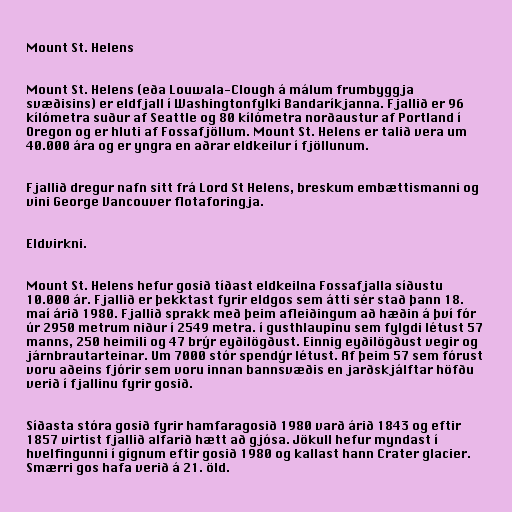
Mount St. Helens

Mount St. Helens (eða Louwala-Clough á málum frumbyggja
svæðisins) er eldfjall í Washingtonfylki Bandaríkjanna. Fjallið er 96
kílómetra suður af Seattle og 80 kílómetra norðaustur af Portland í
Oregon og er hluti af Fossafjöllum. Mount St. Helens er talið vera um
40.000 ára og er yngra en aðrar eldkeilur í fjöllunum.

Fjallið dregur nafn sitt frá Lord St Helens, breskum embættismanni og
vini George Vancouver flotaforingja.

Eldvirkni.

Mount St. Helens hefur gosið tíðast eldkeilna Fossafjalla síðustu
10.000 ár. Fjallið er þekktast fyrir eldgos sem átti sér stað þann 18.
maí árið 1980. Fjallið sprakk með þeim afleiðingum að hæðin á því fór
úr 2950 metrum niður í 2549 metra. í gusthlaupinu sem fylgdi létust 57
manns, 250 heimili og 47 brýr eyðilögðust. Einnig eyðilögðust vegir og
járnbrautarteinar. Um 7000 stór spendýr létust. Af þeim 57 sem fórust
voru aðeins fjórir sem voru innan bannsvæðis en jarðskjálftar höfðu
verið í fjallinu fyrir gosið.

Síðasta stóra gosið fyrir hamfaragosið 1980 varð árið 1843 og eftir
1857 virtist fjallið alfarið hætt að gjósa. Jökull hefur myndast í
hvelfingunni í gígnum eftir gosið 1980 og kallast hann Crater glacier.
Smærri gos hafa verið á 21. öld.